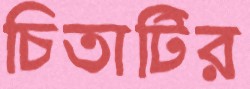
চিতাটির